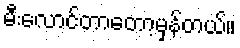
မီးလောင်တာတော့မှန်တယ်။